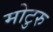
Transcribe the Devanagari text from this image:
मोटुरु